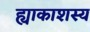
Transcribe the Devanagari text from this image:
ह्याकाशस्य